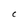
Character: C